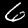
Digit: 6